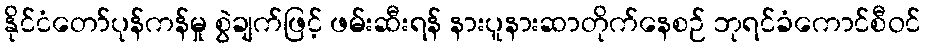
နိုင်ငံတော်ပုန်ကန်မှု စွဲချက်ဖြင့် ဖမ်းဆီးရန် နားပူနားဆာတိုက်နေစဉ် ဘုရင်ခံကောင်စီဝင်